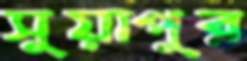
সুয়াপুর